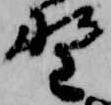
野